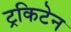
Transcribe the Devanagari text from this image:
ट्रकिटेन